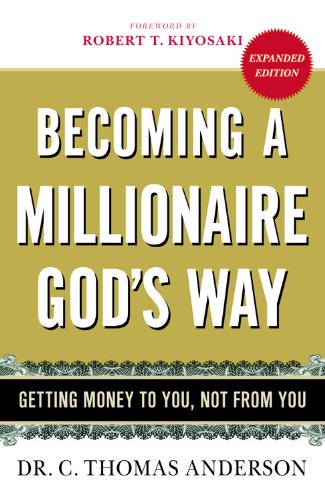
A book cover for Becoming a Millionaire God's Way: Getting Money to You, Not from You; Christian Books & Bibles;